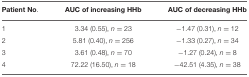
<table><thead><tr><td><b>Patient No.</b></td><td><b>AUC of increasing HHb</b></td><td><b>AUC of decreasing HHb</b></td></tr></thead><tbody><tr><td>1</td><td>3.34 (0.55), <i>n</i> = 23</td><td>−1.47 (0.31), <i>n</i> = 12</td></tr><tr><td>2</td><td>5.81 (0.40), <i>n</i> = 256</td><td>−1.33 (0.27), <i>n</i> = 34</td></tr><tr><td>3</td><td>3.61 (0.48), <i>n</i> = 70</td><td>−1.27 (0.24), <i>n</i> = 8</td></tr><tr><td>4</td><td>72.22 (16.50), <i>n</i> = 18</td><td>−42.51 (4.35), <i>n</i> = 38</td></tr></tbody></table>